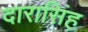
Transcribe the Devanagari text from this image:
दारासिंह